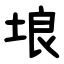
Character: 埌